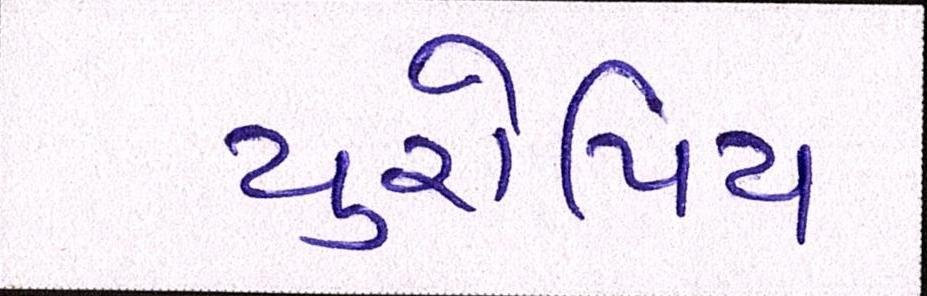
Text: યુરોપિય